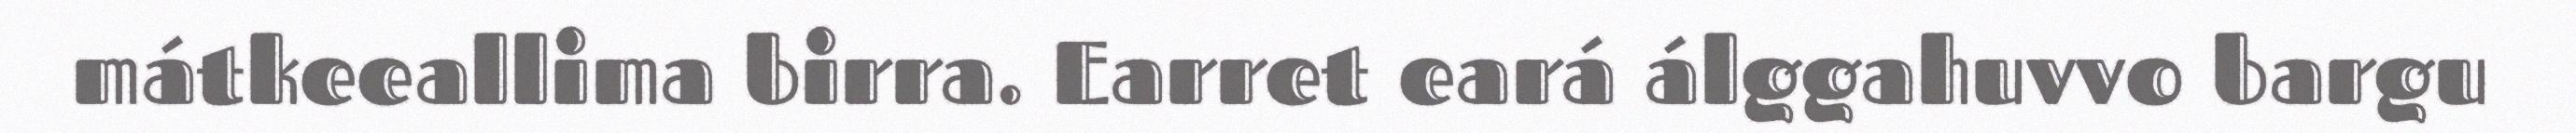
mátkeeallima birra. Earret eará álggahuvvo bargu